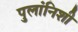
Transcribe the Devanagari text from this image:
पुलांनिशी